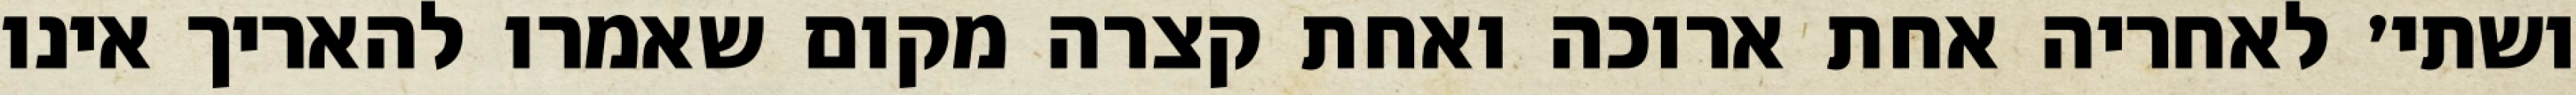
ושתי׳ לאחריה אחת ארוכה ואחת קצרה מקום שאמרו להאריך אינו